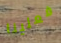
فعلينا